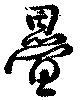
畳